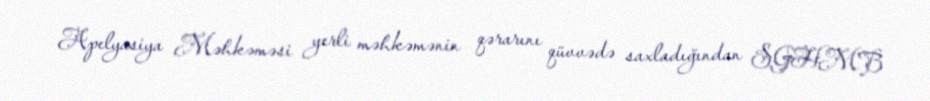
Apelyasiya Məhkəməsi yerli məhkəmənin qərarını qüvvədə saxladığından SGHMB